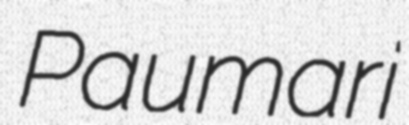
Paumari